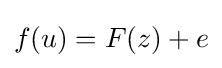
f(u)=F(z)+e